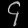
Digit: ၄